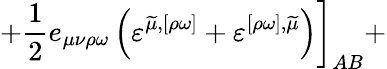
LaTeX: +\frac 12e_{\mu\nu\rho\omega}\left(\varepsilon^{\widetilde{\mu},[\rho\omega]}+\varepsilon^{[\rho\omega],\widetilde{\mu}}\right)\biggr]_{AB}+